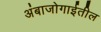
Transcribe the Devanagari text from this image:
अंबाजोगाईतील